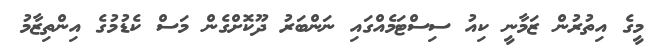
މީގެ އިތުރުން ޒަމާނީ ކިއު ސިސްޓަމެއްގައި ނަންބަރު ދޫކޮށްގެން މަސް ކެޑުމުގެ އިންތިޒާމު